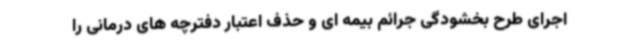
اجرای طرح بخشودگی جرائم بیمه ای و حذف اعتبار دفترچه های درمانی را